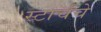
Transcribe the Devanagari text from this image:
स्टार्चचे